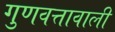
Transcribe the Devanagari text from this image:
गुणवत्तावाली